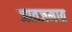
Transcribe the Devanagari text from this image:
जातजमात